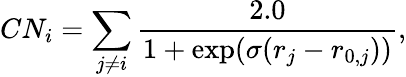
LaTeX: CN_{i}=\sum_{j\neq i}\frac{2.0}{1+\exp(\sigma(r_{j}-r_{0,j}))},